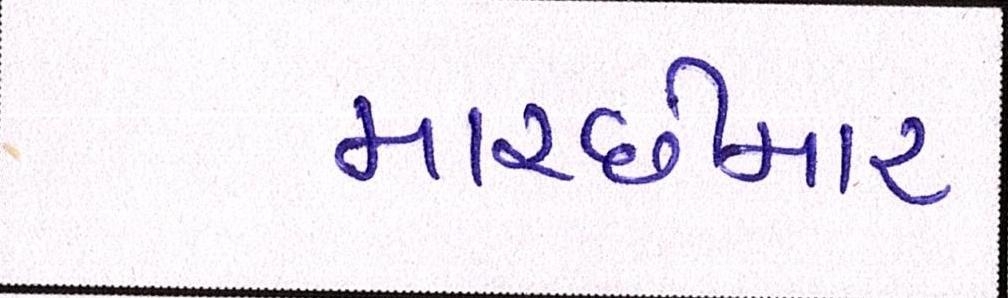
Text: માચ્છીમાર